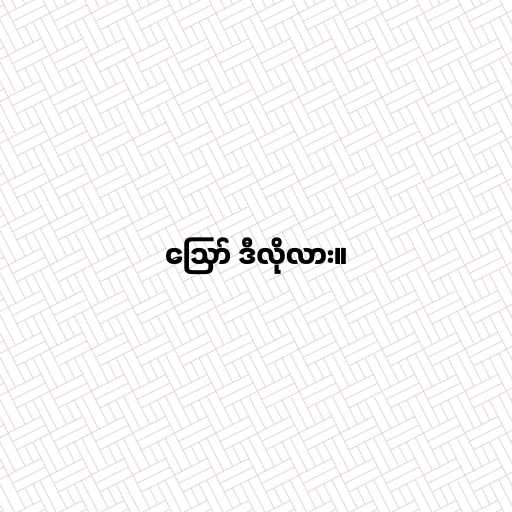
ဪ ဒီလိုလား။